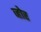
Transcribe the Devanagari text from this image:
व्होर